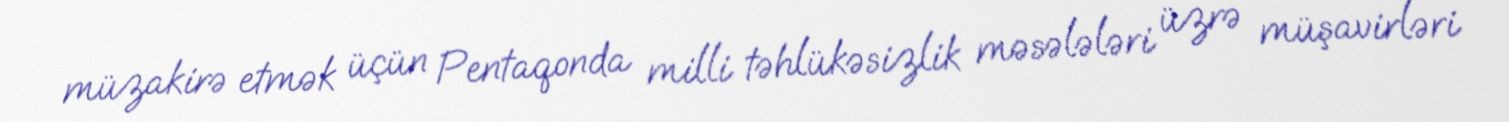
müzakirə etmək üçün Pentaqonda milli təhlükəsizlik məsələləri üzrə müşavirləri